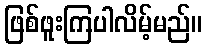
ဖြစ်ဖူးကြပါလိမ့်မည်။